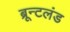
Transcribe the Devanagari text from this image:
ब्रून्टलंड